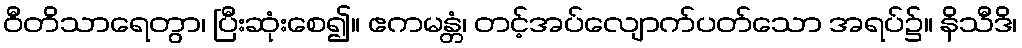
ဝီတိသာရေတွာ၊ ပြီးဆုံးစေ၍။ ဧကမန္တံ၊ တင့်အပ်လျောက်ပတ်သော အရပ်၌။ နိသီဒိ၊